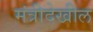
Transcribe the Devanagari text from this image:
मंत्रीदेखील